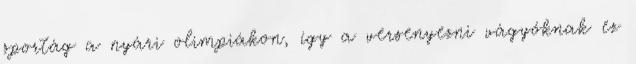
sportág a nyári olimpiákon, így a versenyezni vágyóknak ez